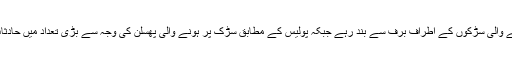
فرینکفرٹ پہنچنے والی سڑکوں کے اطراف برف سے بند رہے جبکہ پولیس کے مطابق سڑک پر ہونے والی پھسلن کی وجہ سے بڑی تعداد میں حادثات رپورٹ ہوئے۔